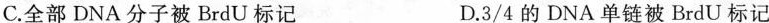
C. 全部DNA分子被BrdU标记 D. \frac{ 3 }{ 4 }的DNA单链被BrdU标记